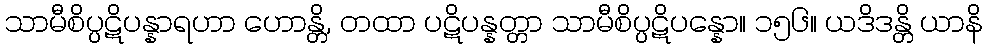
သာမီစိပ္ပဋိပန္နာရဟာ ဟောန္တိ, တထာ ပဋိပန္နတ္တာ သာမီစိပ္ပဋိပန္နော။ ၁၅၆။ ယဒိဒန္တိ ယာနိ